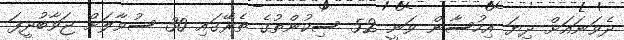
ދެވަނައަށް ދިޔަ އިހުސާން ވަނީ 52 ސިކުންތުގެ ތެރޭގައި 30 ސުވާލަށް ޖަވާބުދީފަ